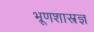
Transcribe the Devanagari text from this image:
भ्रूणशास्त्रज्ञ